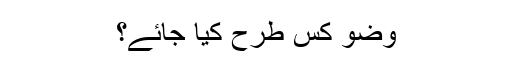
وضو کس طرح کیا جائے؟